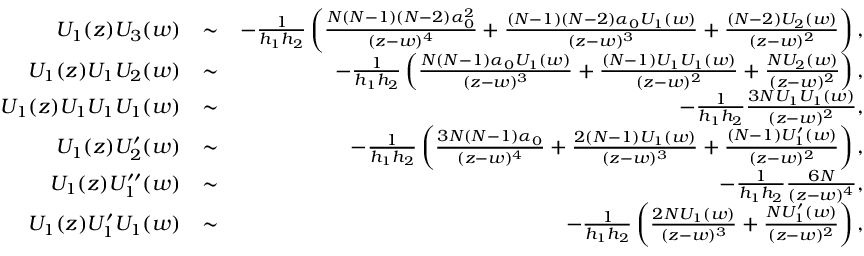
\begin{array} { r l r } { U _ { 1 } ( z ) U _ { 3 } ( w ) } & { \sim } & { - \frac { 1 } { h _ { 1 } h _ { 2 } } \left( \frac { N ( N - 1 ) ( N - 2 ) \alpha _ { 0 } ^ { 2 } } { ( z - w ) ^ { 4 } } + \frac { ( N - 1 ) ( N - 2 ) \alpha _ { 0 } U _ { 1 } ( w ) } { ( z - w ) ^ { 3 } } + \frac { ( N - 2 ) U _ { 2 } ( w ) } { ( z - w ) ^ { 2 } } \right) , } \\ { U _ { 1 } ( z ) U _ { 1 } U _ { 2 } ( w ) } & { \sim } & { - \frac { 1 } { h _ { 1 } h _ { 2 } } \left( \frac { N ( N - 1 ) \alpha _ { 0 } U _ { 1 } ( w ) } { ( z - w ) ^ { 3 } } + \frac { ( N - 1 ) U _ { 1 } U _ { 1 } ( w ) } { ( z - w ) ^ { 2 } } + \frac { N U _ { 2 } ( w ) } { ( z - w ) ^ { 2 } } \right) , } \\ { U _ { 1 } ( z ) U _ { 1 } U _ { 1 } U _ { 1 } ( w ) } & { \sim } & { - \frac { 1 } { h _ { 1 } h _ { 2 } } \frac { 3 N U _ { 1 } U _ { 1 } ( w ) } { ( z - w ) ^ { 2 } } , } \\ { U _ { 1 } ( z ) U _ { 2 } ^ { \prime } ( w ) } & { \sim } & { - \frac { 1 } { h _ { 1 } h _ { 2 } } \left( \frac { 3 N ( N - 1 ) \alpha _ { 0 } } { ( z - w ) ^ { 4 } } + \frac { 2 ( N - 1 ) U _ { 1 } ( w ) } { ( z - w ) ^ { 3 } } + \frac { ( N - 1 ) U _ { 1 } ^ { \prime } ( w ) } { ( z - w ) ^ { 2 } } \right) , } \\ { U _ { 1 } ( z ) U _ { 1 } ^ { \prime \prime } ( w ) } & { \sim } & { - \frac { 1 } { h _ { 1 } h _ { 2 } } \frac { 6 N } { ( z - w ) ^ { 4 } } , } \\ { U _ { 1 } ( z ) U _ { 1 } ^ { \prime } U _ { 1 } ( w ) } & { \sim } & { - \frac { 1 } { h _ { 1 } h _ { 2 } } \left( \frac { 2 N U _ { 1 } ( w ) } { ( z - w ) ^ { 3 } } + \frac { N U _ { 1 } ^ { \prime } ( w ) } { ( z - w ) ^ { 2 } } \right) , } \end{array}